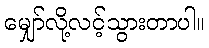
မျှော်လို့လင့်သွားတာပါ။